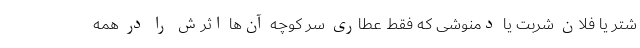
شتر یا فلان شربت یا دمنوشی که فقط عطاری سر کوچه آن‌ها اثرش را در همه